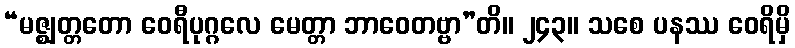
“မဇ္ဈတ္တတော ဝေရီပုဂ္ဂလေ မေတ္တာ ဘာဝေတဗ္ဗာ”တိ။ ၂၄၃။ သစေ ပနဿ ဝေရိမှိ